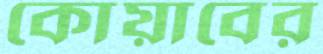
কোয়াবের